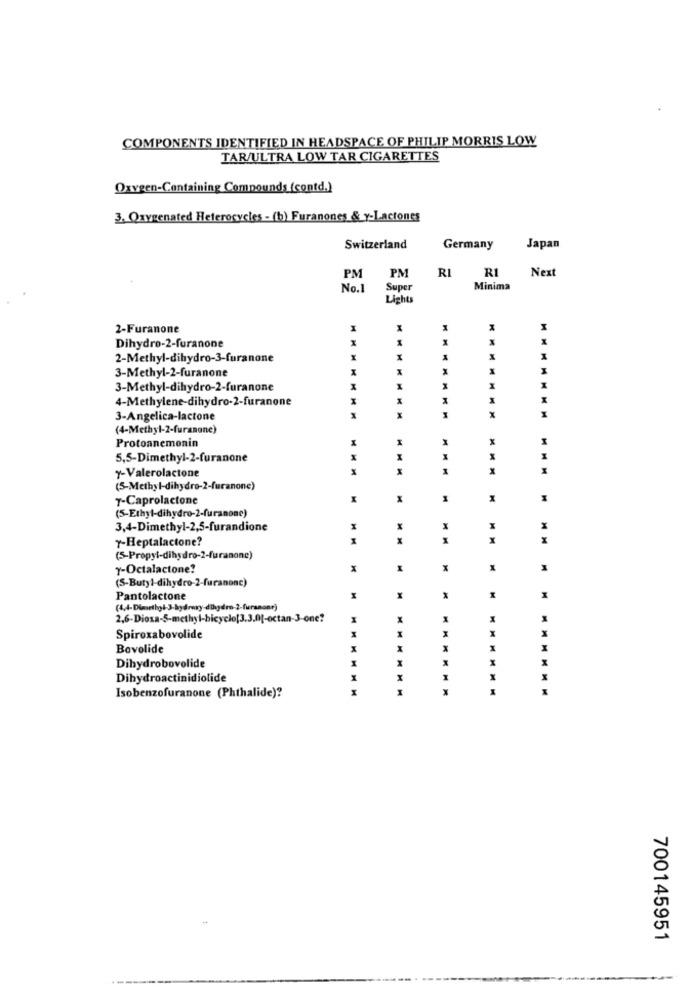
COMPONENTS IDENTIFIED IN HEADSPACE OF PHILIP MORRIS LOW
TAR/ULTRA LOW TAR CIGARETTES
Oxygen-Containing Compounds (contd.)
3. Oxygenated Heterocycles - (b) Furanones & Y-Lactones
Switzerland
Germany
Japan
RI
Next
PM
PM
No.1
Super
Minima
Lights
2-Furanone
X
Dihydro-2-furanone
2-Methyl-dihydro-3-furanone
3-Methyl-2-furanone
X
3-Methyl-dihydro-2-furanone
X
4-Methylene-dihydro-2-furanone
I
1
X
3-Angelica-lactone
x
(4-Methyl-2-furanone)
Protoanemonin
x
M
5,5-Dimethyl-2-furanone
X
X
y-Valerolactone
M
(5-Methyl-dihydro-2-furanone)
7-Caprolactone
M
x
1
(5-Ethyl-dihydro-2-furanone)
3,4-Dimethyl-2,5-furandione
y-Heptalactone?
H
x
x
(5-Propyl-dihydro-2-furanone)
7-Octalactone?
(S-Butyl-dihydro-2-furanonc)
Pantolactone
M
x
M
2,6-Dioxa-5-methyl-bicycle[3.3.0[-octan-3-one?
I
x
Spiroxabovolide
M
Bovolide
H
X
I
x
M
Dihydrobovolide
Dihydroactinidiolide
X
I
X
Isobenzofuranone (Phthalide)?
1
700145951